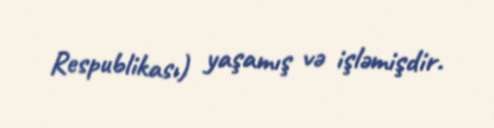
Respublikası) yaşamış və işləmişdir.